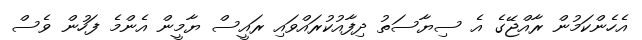
އެހެންކަމުން ރާއްޖޭގެ އެ ސިޔާސަތު ދިފާއުކުރައްވައި ރައީސް ޔާމީން އެންމެ ފަހުން ވެސް